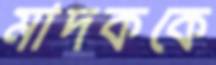
মাদককে